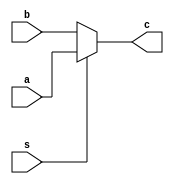

// pipeline and latency are dummy
module mux2_masked
#(parameter latency=1, parameter security_order=1, parameter pipeline=1)
(
  s, a, b, c
);
input wire s;
input wire [security_order:0] a;
input wire [security_order:0] b;
output wire [security_order:0] c;

assign c = s ? a : b;

endmodule